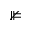
\nVDash